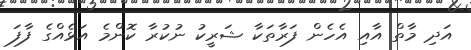
އަދި މާތް އާއި އެހެން ފަރާތަކާ ޝަރީކު ނުކުރާ ކޮންމެ އަޅެއްގެ ފާފަ